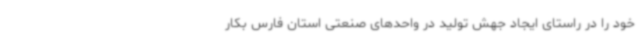
خود را در راستای ایجاد جهش تولید در واحدهای صنعتی استان فارس بکار